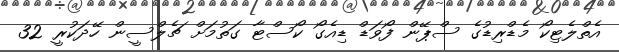
އެތްލެޓިކޯ މެޑްރިޑުގެ ސްޕޭން ފޯވަޑް ޑިއެގޯ ކޯސްޓާ ގަތުމަށް ޗެލްސީން ހޭދަކުރީ 32